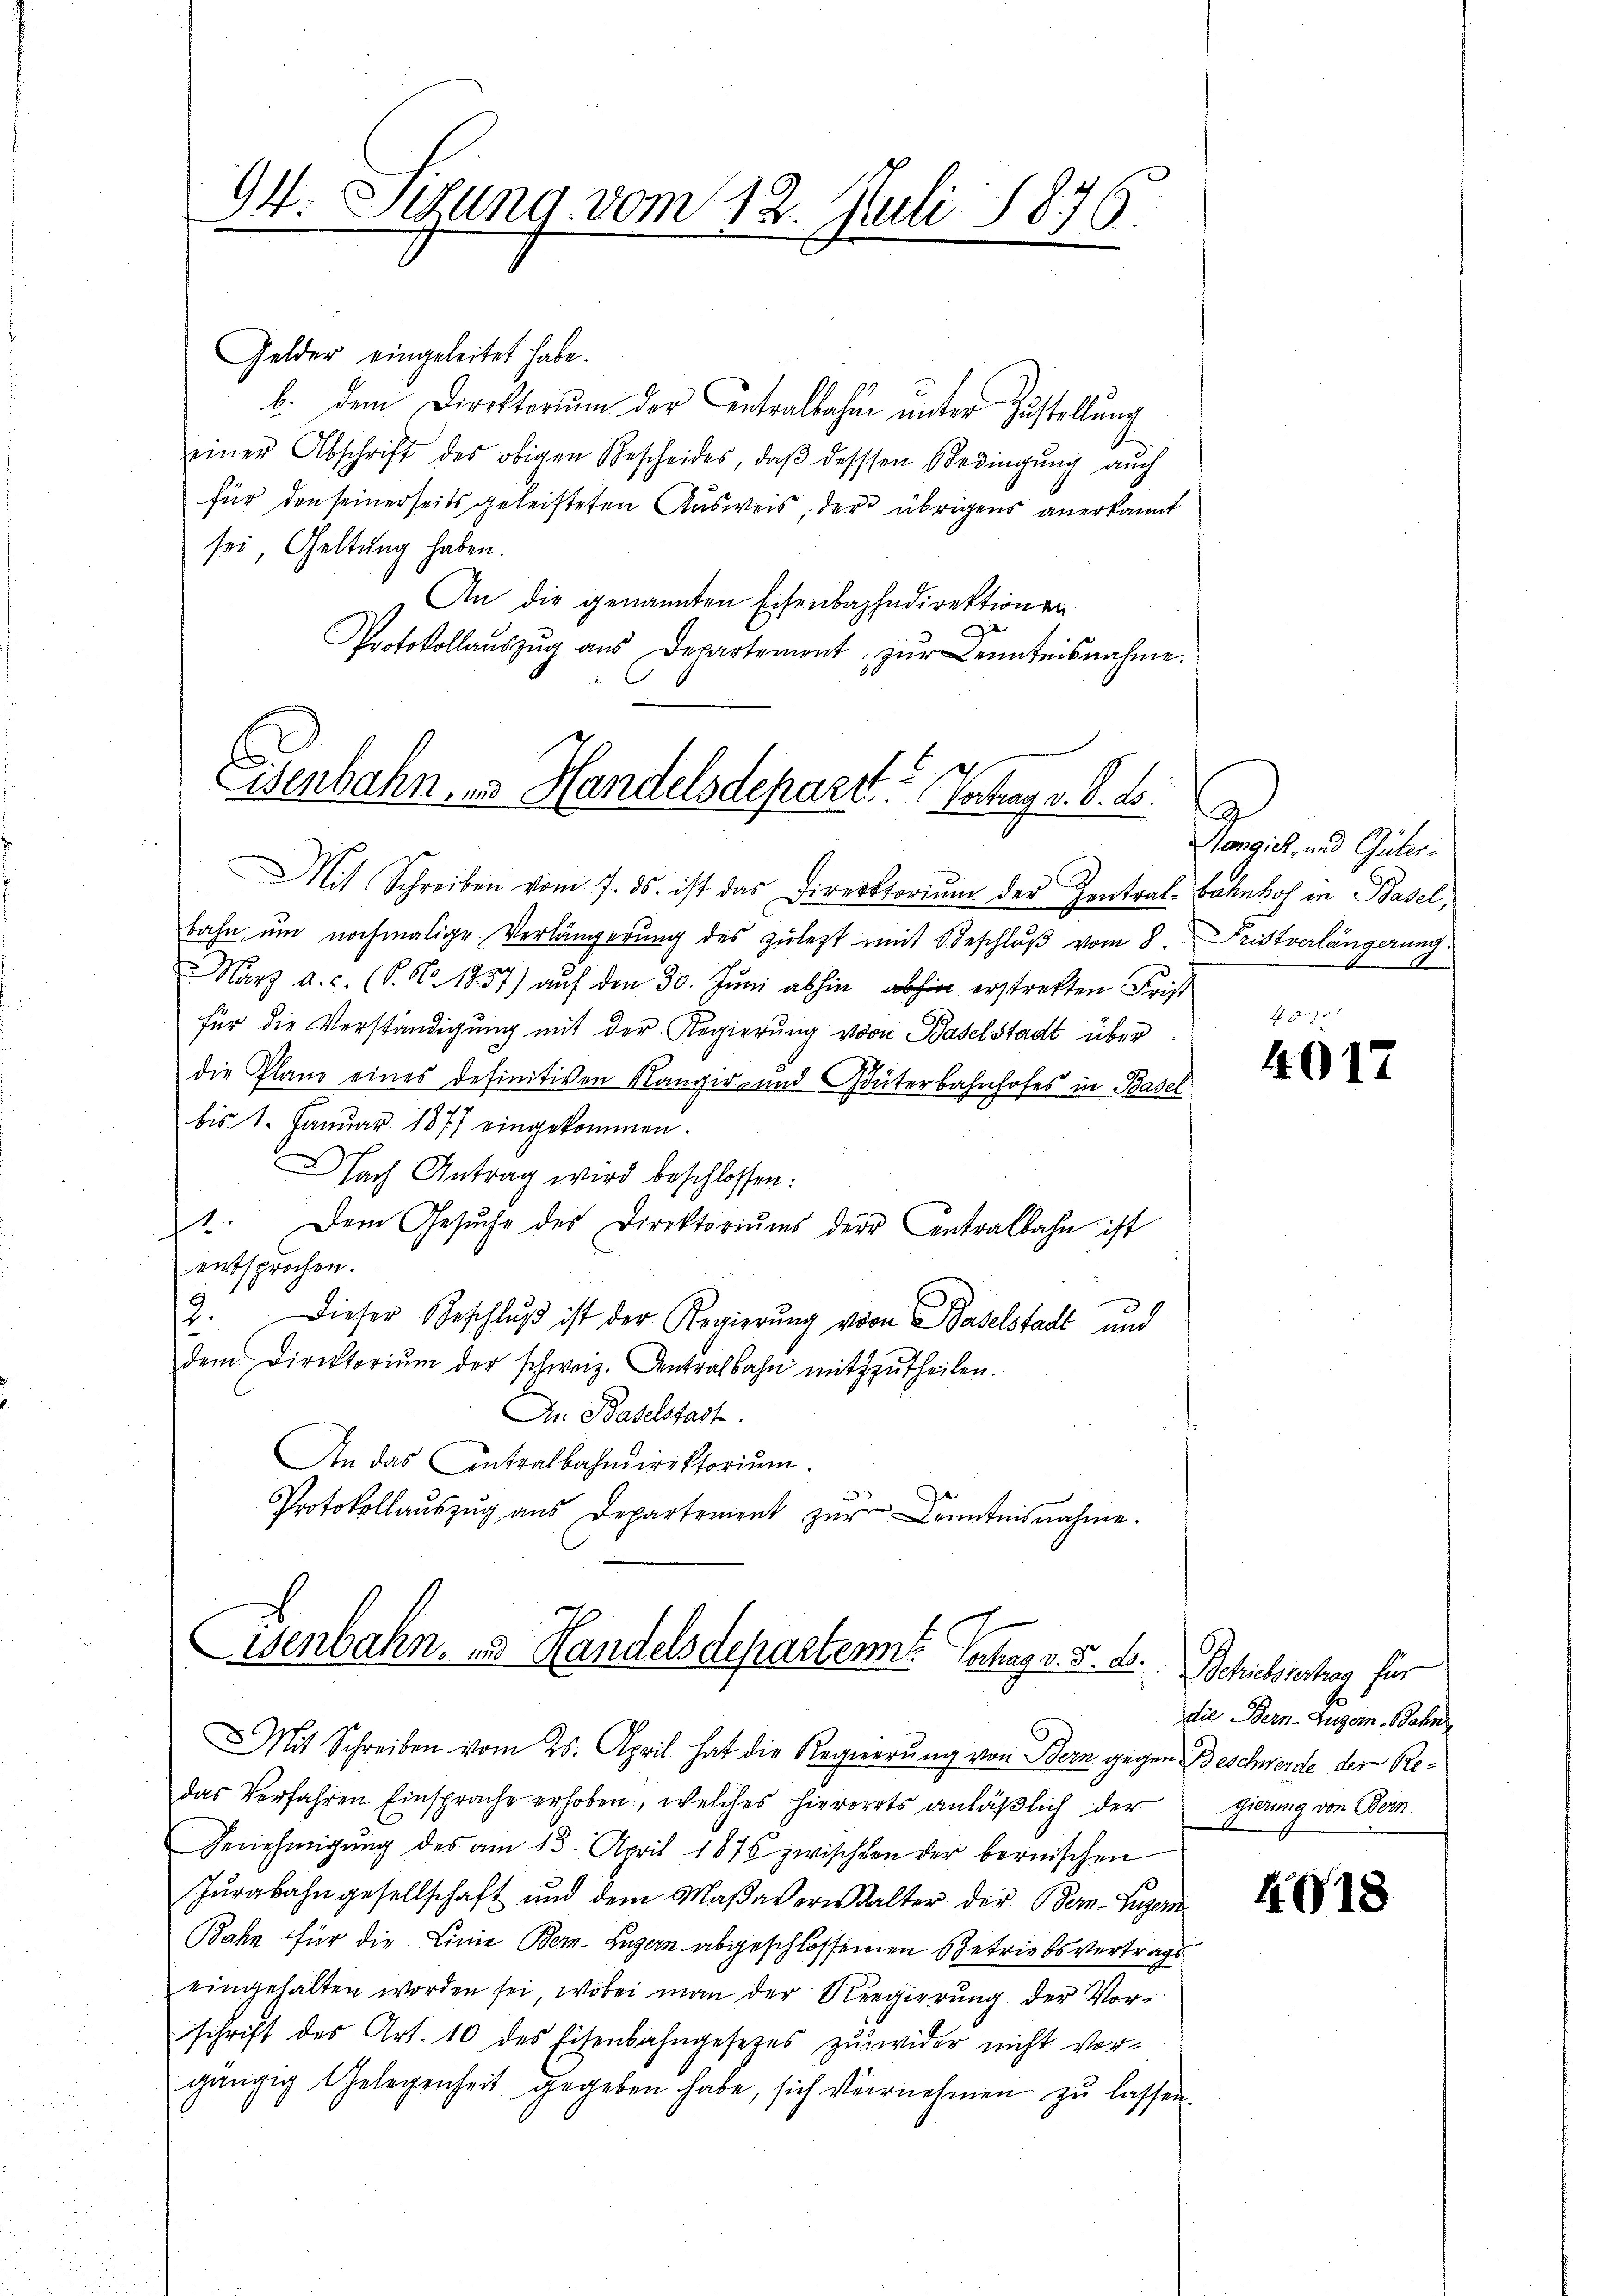
94. Sitzung vom 12. Juli 1876.
.

Eisenbahn zu Handelsdepart. Vortrag v. 8. ds.

Gelder eingeleitet habe.
b. dem Direktorium der Antralbahn unter Zustellung
einer Abschrift des obigen Bescheides, daβ dessen Bedingŭng auch
für den seinerseits geleisteten Ausweis, der übrigens anerkannt
sei, Geltung haben.
An die genannten Eisenbahndirektionen
Protokollauszug aus Departement zur Kenntnisnahme.
Mit Schreiben vom 7. ds. ist das Direktoriŭm der Zentral-Bahnhof in Basel,
bahn um nochmalige Verlängerung des zuletzt mit Beschluß vom 8. Fristverlängerung
März a.c. (S. No. 1857) auf den 30. Juni abhin abhin erstretten Frist
für die Verständigung mit der Regierung von Baselstadt über
die Plane eines definitiven Kangir- und Güterbahnhofes in Basel
bis 1. Januar 1877 eingekommen.
ach Antrag wird beschlossen:
1. Dem Gesŭche des Direktoriŭms der Centralbahn ist
entsprochen.
2.
Dieser Beschlŭβ ist der Regierung von Baselstadt und
dem Direktoriŭm der schweiz. Antralbahn mitzŭtheilen.
In Baselstadt.
An das Contralbahndirektorium.
Protokollaŭszŭg ans Departement zŭr Kenntnisnahme.

isenbahn, 3 Handelsdeparten Antrag v. 5. d. Schriebsrechung für

Mit Schreiben vom 25. April. hat die Regierung von Bern gegen Beschwerde der Redas Verfahren Einsprache erhoben, welches hierorts anläßlich der
Benehmigung des am 13. April 1875 zwischten der bernischen
Jurabahngesellschaft und dem Maßaverwalter der Bern-Luzern
Bahn für die Linie Bern, Luzern abgeschlossenen Betriebs vertrags
eingehalten worden sei, wobei man der Regierung der Vor-
schrift des Art. 10 des Eisenbahngesetzes zuwider nicht vorgängig Gelegenheit gegeben habe, sich vernehmen zu lassen.

A
Hangich, und Güter¬
5

4017

die Bern-Zugern. Bahn
gierung von Bern.

401.